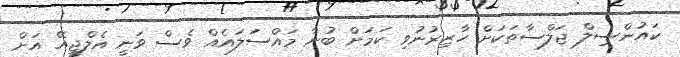
ކައުންސިލް ޖަލްސާތަކަށް ހާޒިރުނުވި ކަމަށް ބުނާ މައްސަލައެއް ވެސް ވަނީ އެލްޖީއޭ އަށް